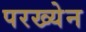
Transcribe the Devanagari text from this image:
परख्येन